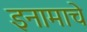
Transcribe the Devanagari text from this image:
इनामाचे